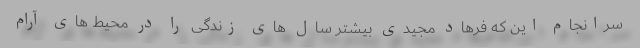
سرانجام این که فرهاد مجیدی بیشتر سال های زندگی را در محیط های آرام